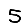
Digit: 5